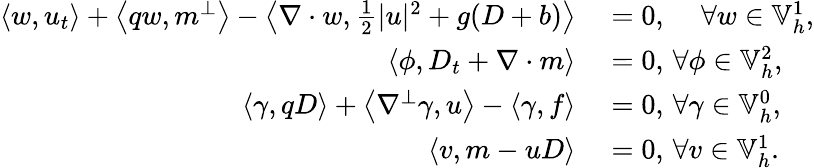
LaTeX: \begin{array}{rl}{\left\langle w,u_{t}\right\rangle+\left\langle qw,m^{\perp}\right\rangle-\left\langle\nabla\cdot w,\frac{1}{2}|u|^{2}+g(D+b)\right\rangle}&{{}=0,\, \quad\forall w\in\mathbb{V}_{h}^{1},}\\ {\left\langle\phi,D_{t}+\nabla\cdot m\right\rangle}&{{}=0,\, \forall\phi\in\mathbb{V}_{h}^{2},}\\ {\left\langle\gamma,qD\right\rangle+\left\langle\nabla^{\perp}\gamma,u\right\rangle-\left\langle\gamma,f\right\rangle}&{{}=0,\, \forall\gamma\in\mathbb{V}_{h}^{0},}\\ {\left\langle v,m-uD\right\rangle}&{{}=0,\, \forall v\in\mathbb{V}_{h}^{1}.}\end{array}